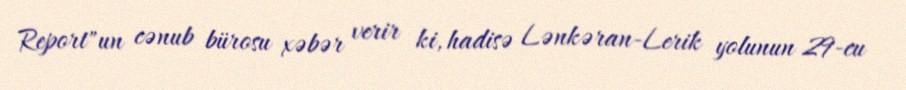
Report"un cənub bürosu xəbər verir ki, hadisə Lənkəran-Lerik yolunun 29-cu